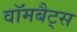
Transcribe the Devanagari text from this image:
वॉमबैट्स